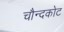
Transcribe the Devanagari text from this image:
चौन्दकोट